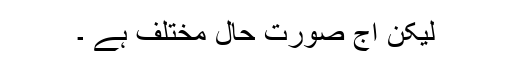
لیکن آج صورت ِحال مختلف ہے ۔